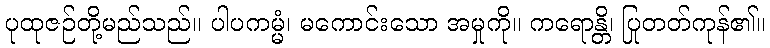
ပုထုဇဉ်တို့မည်သည်။ ပါပကမ္မံ၊ မကောင်းသော အမှုကို။ ကရောန္တိ၊ ပြုတတ်ကုန်၏။